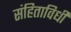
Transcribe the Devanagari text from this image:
संहिताविधी